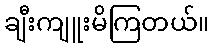
ချီးကျူးမိကြတယ်။